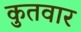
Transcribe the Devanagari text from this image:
कुतवार